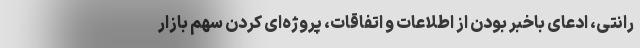
رانتی، ادعای باخبر بودن از اطلاعات و اتفاقات، پروژه‌ای کردن سهم بازار